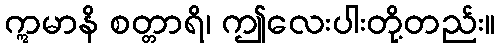
ဣမာနိ စတ္တာရိ၊ ဤလေးပါးတို့တည်း။